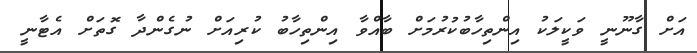
އަށް ގާނޫނީ ވަކީލަކު އިންތިހާބުކުރުމަށް ބާއްވާ އިންތިހާބު ކުރިއަށް ނުގެންދާ ގޮތަށް އެޓާނީ